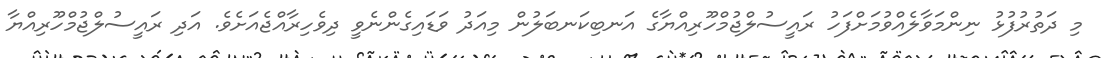
މި ދަތުރުފުޅު ނިންމަވާލެއްވުމަށްފަހު ރައީސުލްޖުމްހޫރިއްޔާގެ އަނބިކަނބަލުން މިއަދު ވަޑައިގެންނެވީ ދިވެހިރާއްޖެއަށެވެ. އަދި ރައީސުލްޖުމްހޫރިއްޔާ